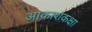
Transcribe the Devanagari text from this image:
आकाशकक्षा